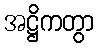
အဋ္ဌိကတွာ